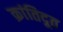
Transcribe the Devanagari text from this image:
क्रांतिदूत